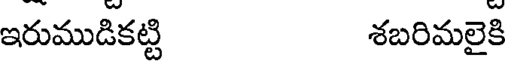
ఇరుముడికట్టి శబరిమలైకి